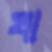
খা